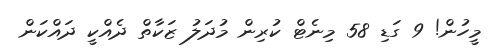
މީހުން! 9 ގަޑި 58 މިނެޓް ކުރިން މުދަލު ޒަކާތް ދެއްކީ ދައްކަން